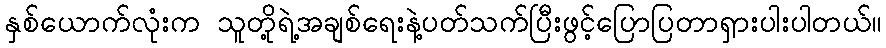
နှစ်ယောက်လုံးက သူတို့ရဲ့အချစ်ရေးနဲ့ပတ်သက်ပြီးဖွင့်ပြောပြတာရှားပါးပါတယ်။